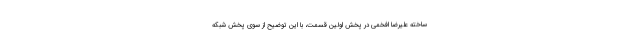
ساخته علیرضا افخمی در پخش اولین قسمت، با این توضیح از سوی پخش شبکه